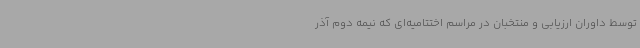
توسط داوران ارزیابی و منتخبان در مراسم اختتامیه‌ای که نیمه دوم آذر